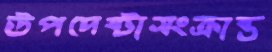
উপদেষ্টাসংক্রান্ত